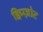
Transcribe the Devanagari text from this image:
क्विग्ज़ोट